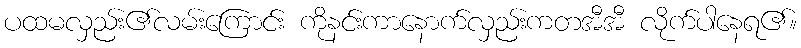
ပထမလှည်း၏လမ်းကြောင်း ကိုနင်းကာနောက်လှည်းကတအီအီ လိုက်ပါနေရ၏။